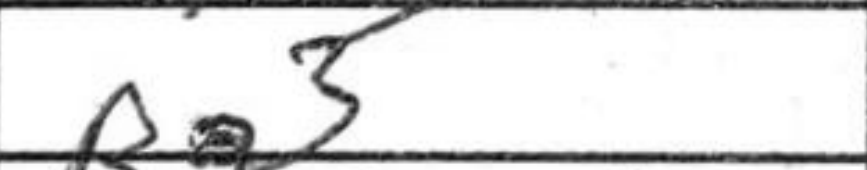
Transcription: Ra3